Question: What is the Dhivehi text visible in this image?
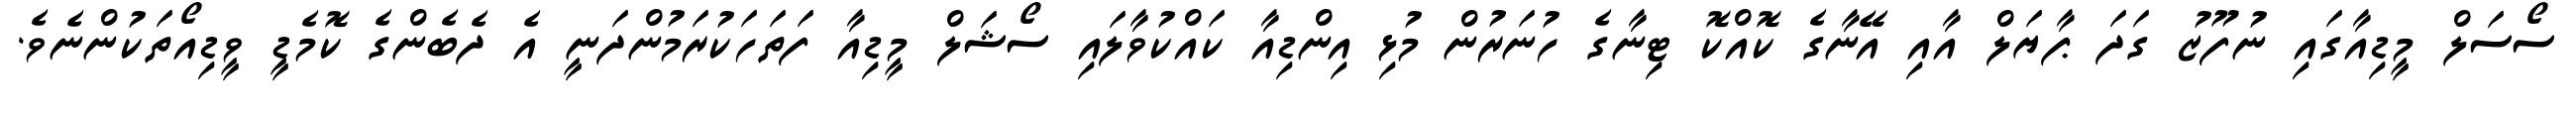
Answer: ސޯސަލް މީޑިއާގައި ނުފޫޒު ގަދަ ޕާޔަލް އާއި އޭނާގެ ކޮއްކޮ ޓިނާގެ ހުނަރުން މުޅި އިންޑިއާ ކައްކުވާލައި ސޯޝަލް މީޑިއާ ފަތަހަކުރަމުންދަނީ އެ ދެބެންގެ ކޮމެޑީ ވީޑިއޯތަކުންނެވެ.